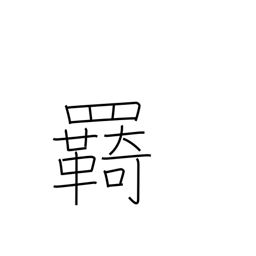
Meaning: reins